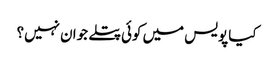
کیا پویس میں کوئی پتلے جوان نہیں؟